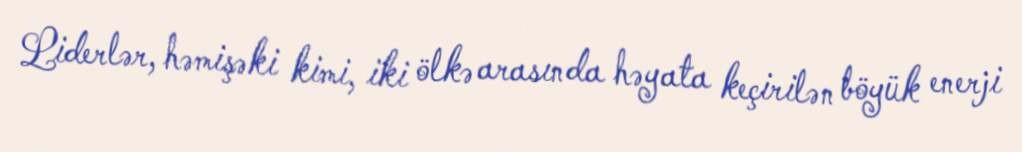
Liderlər, həmişəki kimi, iki ölkə arasında həyata keçirilən böyük enerji